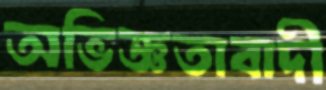
অভিজ্ঞতাবাদী